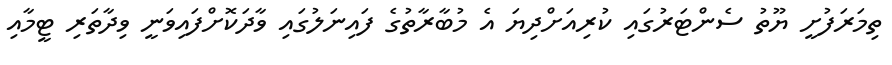
ތިމަރަފުށީ ޔޫތު ސެންޓަރުގައި ކުރިއަށްދިޔަ އެ މުބާރާތުގެ ފައިނަލުގައި ވާދަކޮށްފައިވަނީ ވިދާތަރި ޓީމާއި